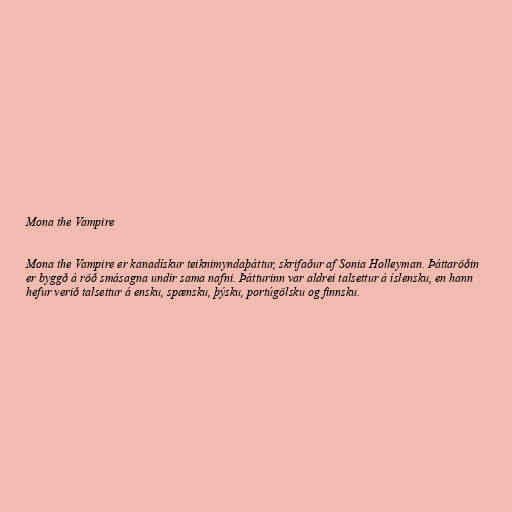
Mona the Vampire

Mona the Vampire er kanadískur teiknimyndaþáttur, skrifaður af Sonia Holleyman. Þáttaröðin
er byggð á röð smásagna undir sama nafni. Þátturinn var aldrei talsettur á íslensku, en hann
hefur verið talsettur á ensku, spænsku, þýsku, portúgölsku og finnsku.